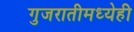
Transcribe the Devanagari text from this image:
गुजरातीमध्येही